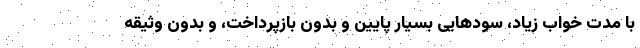
با مدت خواب زیاد، سودهایی بسیار پایین و بدون بازپرداخت، و بدون وثیقه